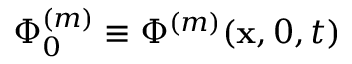
\Phi _ { 0 } ^ { ( m ) } \equiv \Phi ^ { ( m ) } ( \mathbf { x } , 0 , t )